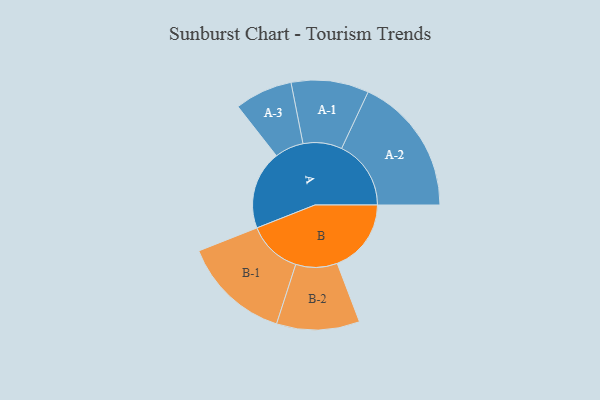
{"axis": {"x": "Segment", "y": "Value"}, "legend": ["", "A", "B"], "data": [{"x": "A", "y": 324, "type": ""}, {"x": "B", "y": 305, "type": ""}, {"x": "A-1", "y": 160, "type": "A"}, {"x": "A-2", "y": 286, "type": "A"}, {"x": "A-3", "y": 119, "type": "A"}, {"x": "B-1", "y": 223, "type": "B"}, {"x": "B-2", "y": 171, "type": "B"}]}